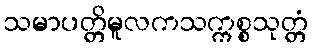
သမာပတ္တိမူလကသက္ကစ္စသုတ္တံ